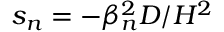
s _ { n } = - \beta _ { n } ^ { 2 } D / H ^ { 2 }